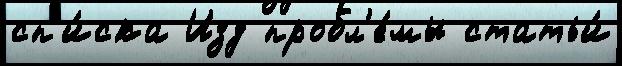
сп'и́ска Изд пробл'е́мы статьи́